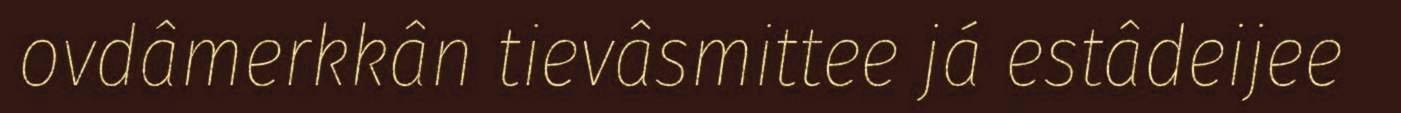
ovdâmerkkân tievâsmittee já estâdeijee